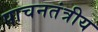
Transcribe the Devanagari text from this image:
पाचनतंत्रीय